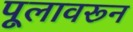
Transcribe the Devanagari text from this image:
पूलावरून